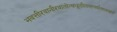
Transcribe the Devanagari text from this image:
भवत्तीरवानीरवातोत्थधूलीलवस्पर्शतस्तत्क्षणं